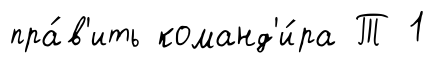
пра́в'ить команд'и́ра Т 1